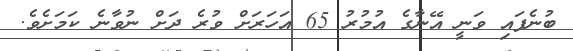
ބުނެފައި ވަނީ އޭނާގެ އުމުރު 65 އަހަރަށް ވުރެ ދަށް ނުވާނެ ކަމަށެވެ.